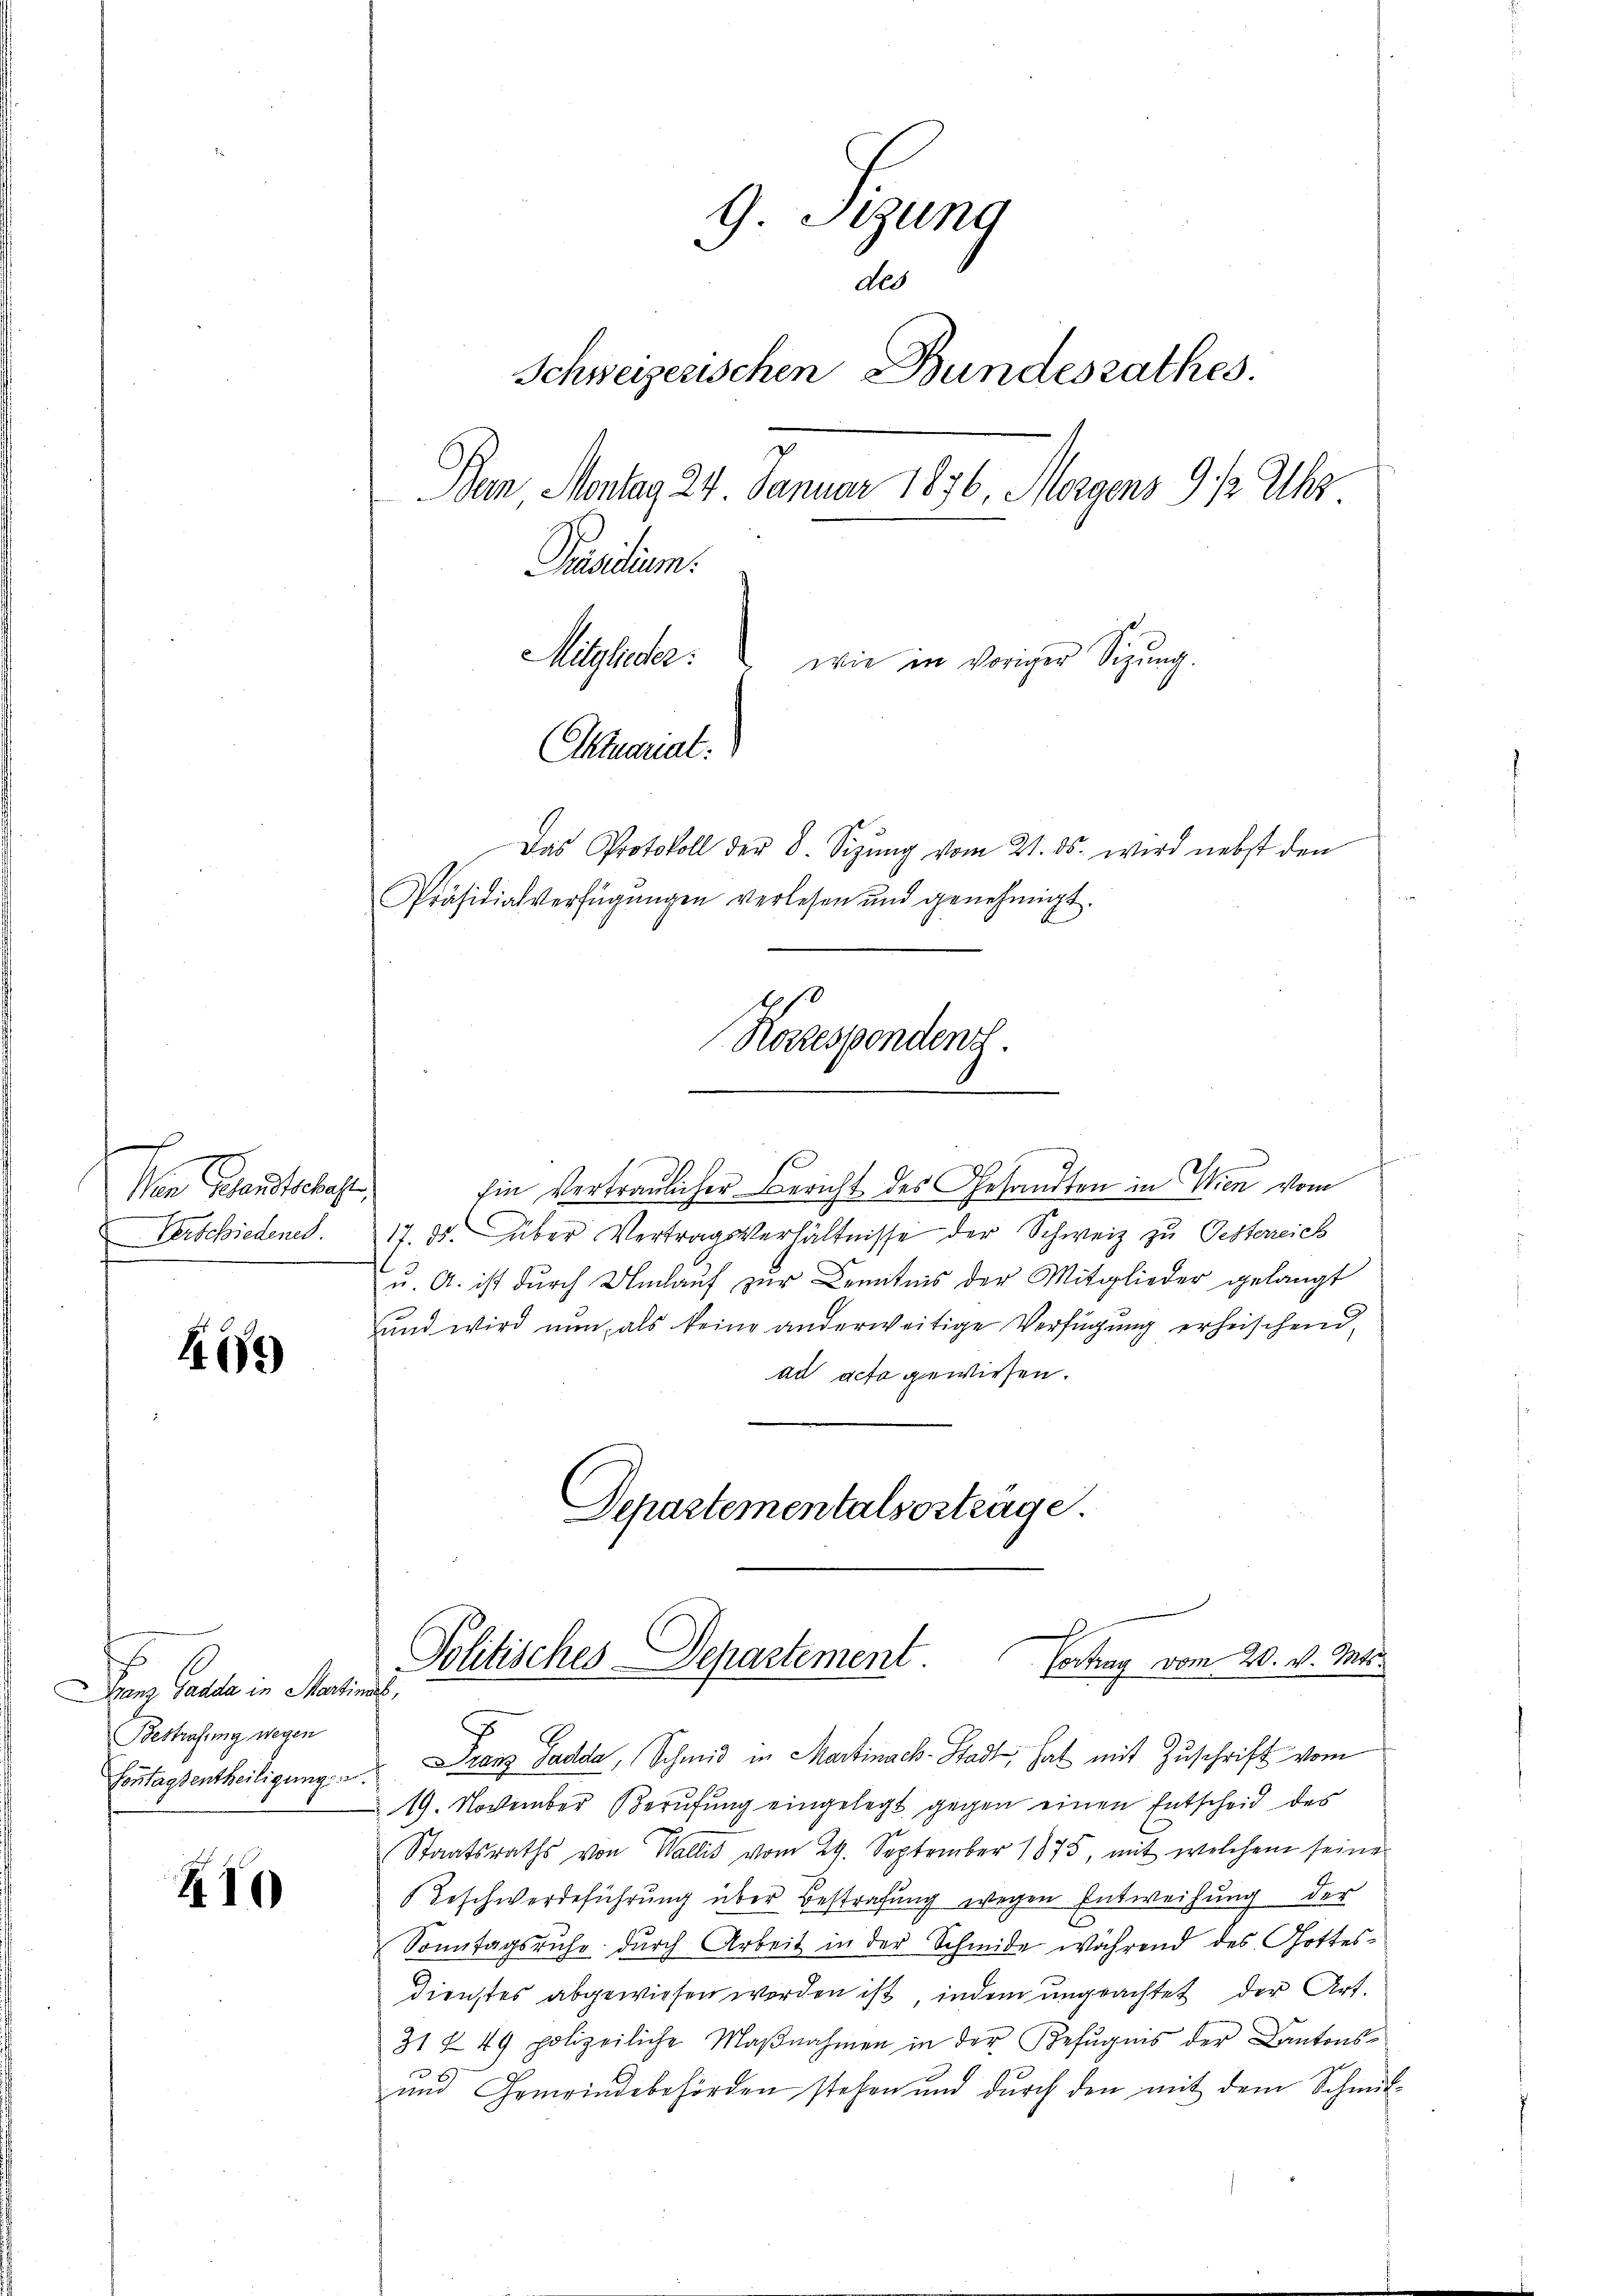
Den Grandschaf
Verschiedenes.

164)

5
Ganz Gadda in Martinat
Bestrafung wegen

10

G. Sizung
des
Schweizerischen Bundesrathes.
Ban, Montag 24. Januar 1876, Morgens 9. 12 Uhr
Präsidium.
Mitglieder:
wie in voriger Sizung.
Aktmariat
Das Protokoll der 8. Sizŭng vom 21. ds. wird nebst den
Präsidialverfügungen verlesen und genehmigt.
Korresponden.

Ein Vertraulicher Bericht des Gesandten in Wien vom
17. ds. über Vertragsverhältnisse der Schweiz zu Oesterreich
u. A. ist dŭrch Umlaŭf zŭr Kenntnis der Mitglieder gelangt
und wird nun, als keine anderweitige Verfügung erheischend,
ad acta gewiesen.
Departementalsortrage.

Politisches Departement Vertrag vom 20. v. Mts.

Fontagsentheiligung. Franz Padda, Schmid in Martinack-Stadt, hat mit Zuschrift vom
19. November Berufung eingelegt gegen einen Entscheid des
Staatsraths von Wallis vom 29. September 1875, mit welchem seine
Beschwerdeführung über Bestrafung wegen Entweihung der
Sonntagsruhe durch Arbeit in der Schmide während des Gottes¬
Dienstes abgewiesen worden ist, indem ungeachtet der Art.
31 § 49 polizeiliche Maβnahmen in der Befugnis der Kantons-
und Gemeindebehörden stehen und durch den mit dem Schmit-